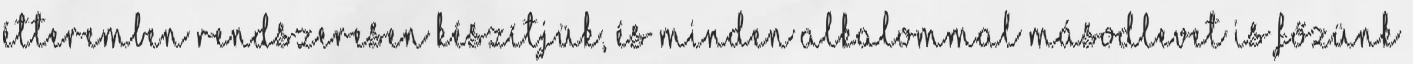
étteremben rendszeresen készítjük, és minden alkalommal másodlevet is főzünk